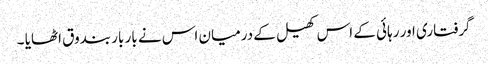
گرفتاری اور رہائی کے اس کھیل کے درمیان اس نے بار بار بندوق اٹھایا ۔